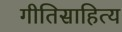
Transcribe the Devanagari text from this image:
गीतिसाहित्य